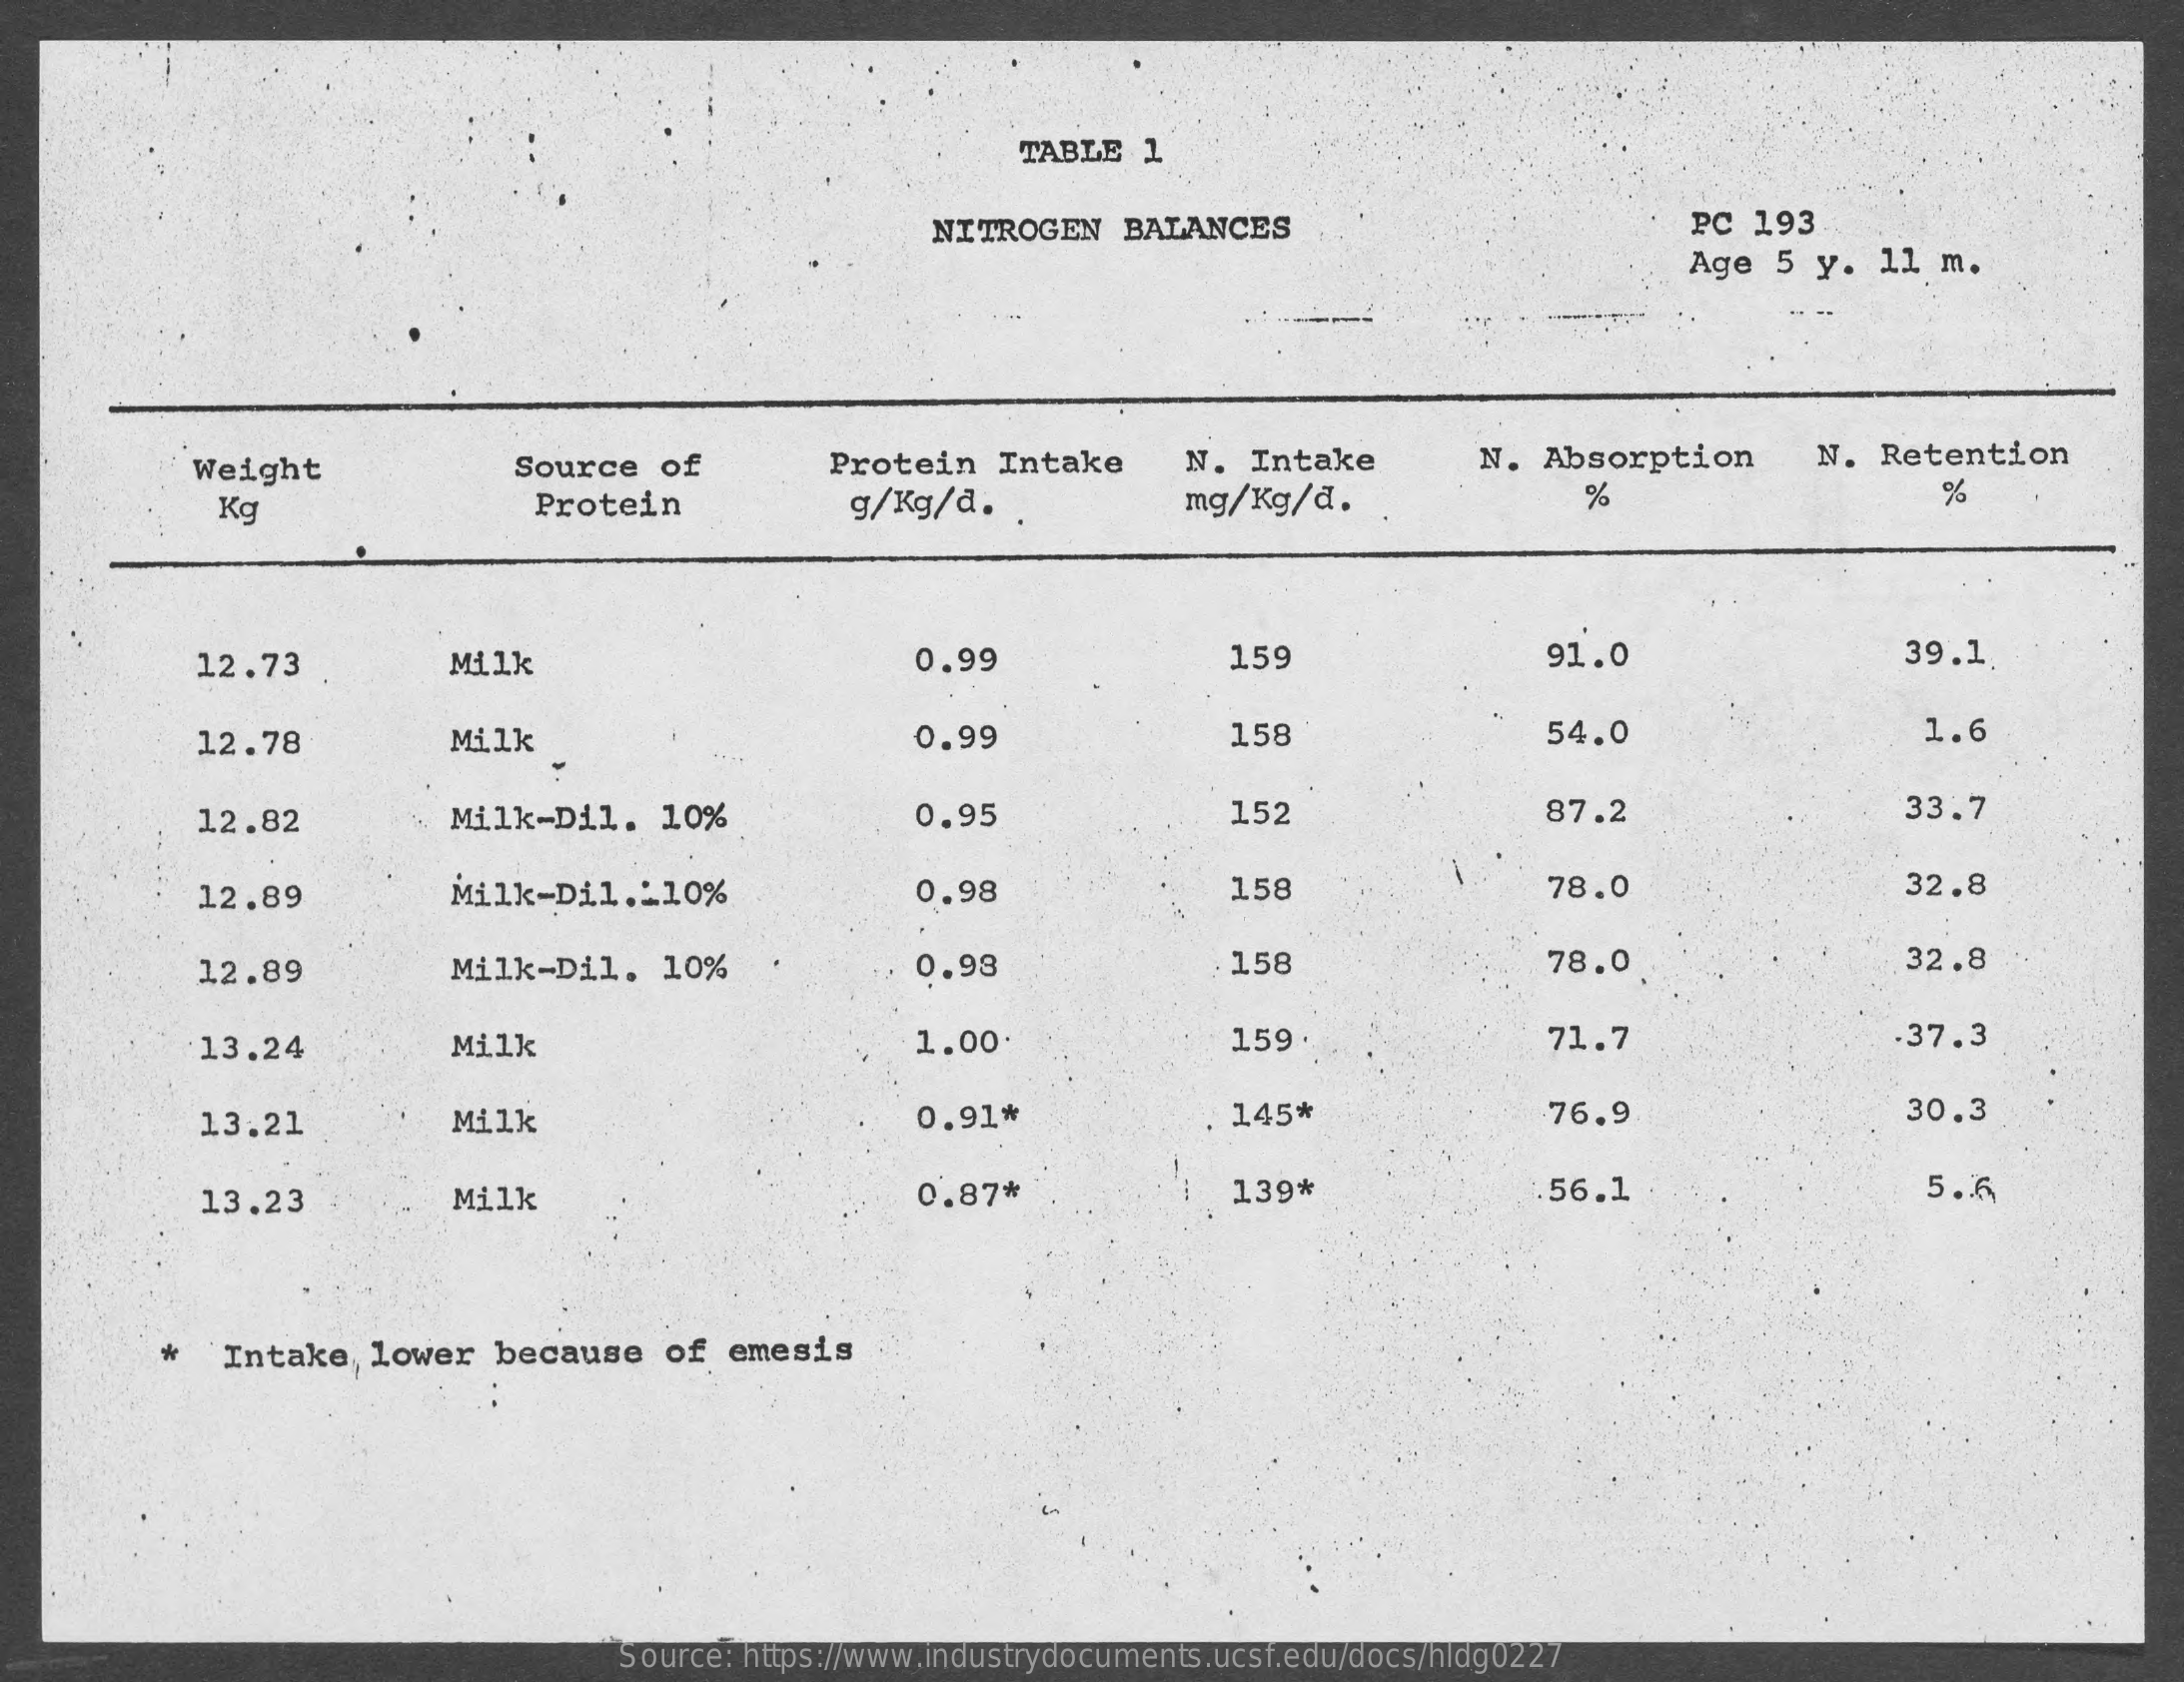
TABLE   1
     NITROGEN    BALANCES    PC  193
     Age  5 y.   11 m.
     Weight    Source  of    Protein   Intake    N.  Intake    N. Absorption    N. Retention
     Kg    Protein    g/Kg/d.    .    mg/Kg/d.    %    %
     12.73    Milk    0.99    159    91.0    39.1
     12.78    Milk    0.99    158    54.0    1.6
     12.82    Milk-Dil.    10%    0.95    152    87.2    33.7
     12.89    Milk-Dil  .: 10%    0.98    158    78.0    32.8
     12.89    Milk-Dil.   10%    0.98    158    78.0    32.8
     13.24    Milk    1.00-    159    71.7    37.3
     13.21    Milk    0.91*    145*    76.9    30.3
     13.23    Milk    0.87*    139*    .56.1    5.6
     Intake   lower   because    of  emesis
     Source: https://www.industrydocuments.ucsf.edu/docs/hldg0227